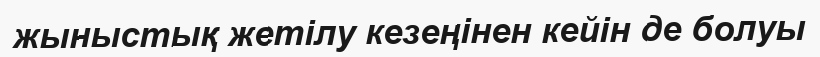
жыныстық жетілу кезеңінен кейін де болуы